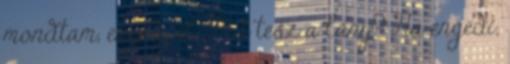
mondtam, engedj el Mit tesz a lány? Ha engedi,